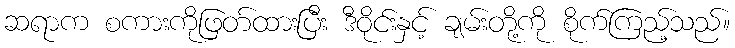
ဆရာက စကားကိုဖြတ်ထားပြီး ဒီဝိုင်းနှင့် ချမ်းတို့ကို စိုက်ကြည့်သည်။